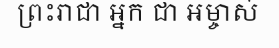
ព្រះរាជា អ្នក ជា អម្ចាស់